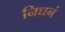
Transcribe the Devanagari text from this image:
निधनं